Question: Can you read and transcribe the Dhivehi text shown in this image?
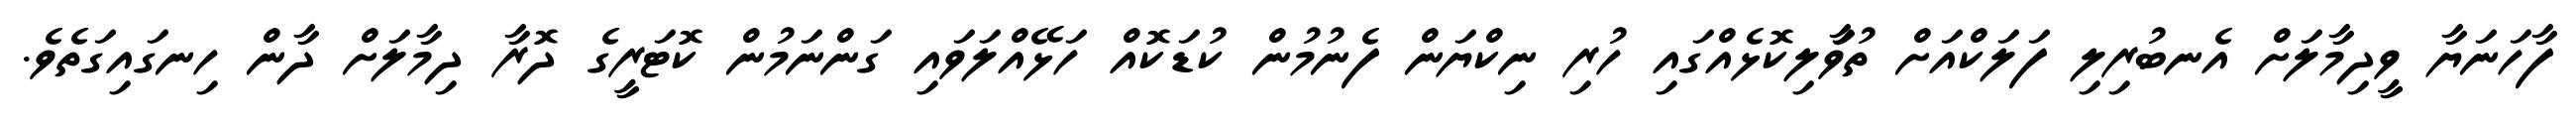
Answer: ފާހަނަޔާ ވީދިމާލަށް އެނބުރިލި ފަލަކްއަށް ތުވަާލިކޮޅެއްގައި ހުރި ނިކްޔަން ފެނުމުން ކުޑަކޮއް ހަޅޭއްލަވައި ގަންނަމުން ކޮޓަރީގެ ދޮރާ ދިމާލަށް ދާން ހިނގައިގަތެވެ.